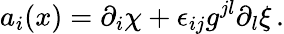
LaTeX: a_{i}(x)=\partial_{i}\chi+\epsilon_{ij}g^{jl}\partial_{l}\xi\, .